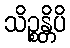
သိဉ္စန္တိပိ